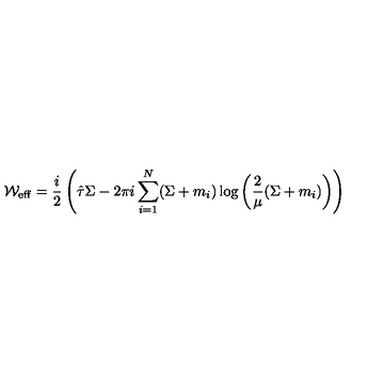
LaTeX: { \cal W } _ { \mathrm { e f f } } = \frac { i } { 2 } \left( \hat { \tau } \Sigma - { 2 \pi i } \sum _ { i = 1 } ^ { N } ( \Sigma + m _ { i } ) \log \left( \frac { 2 } { \mu } ( \Sigma + m _ { i } ) \right) \right)